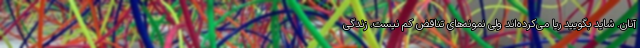
آنان.‌ شاید بگویید ریا می‌کرده‌اند ولی نمونه‌های تناقض کم نیست. زندگی